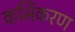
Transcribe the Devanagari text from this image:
कर्मिकरण